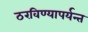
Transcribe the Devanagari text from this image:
ठरविण्यापर्यन्त